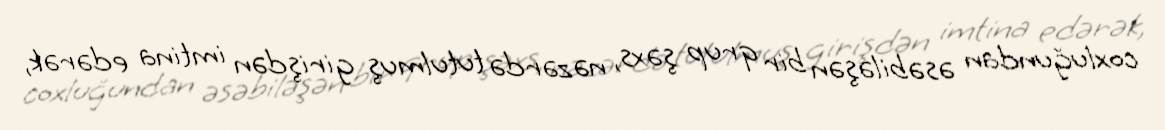
coxluğundan əsəbiləşən bir qrup şəxs, nəzərdə tutulmuş girişdən imtina edərək,